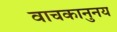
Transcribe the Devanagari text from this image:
वाचकानुनय